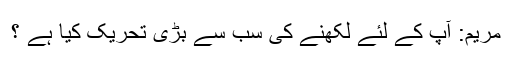
مریم: آپ کے لئے لکھنے کی سب سے بڑی تحریک کیا ہے ؟